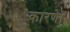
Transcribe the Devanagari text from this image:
कारणे।